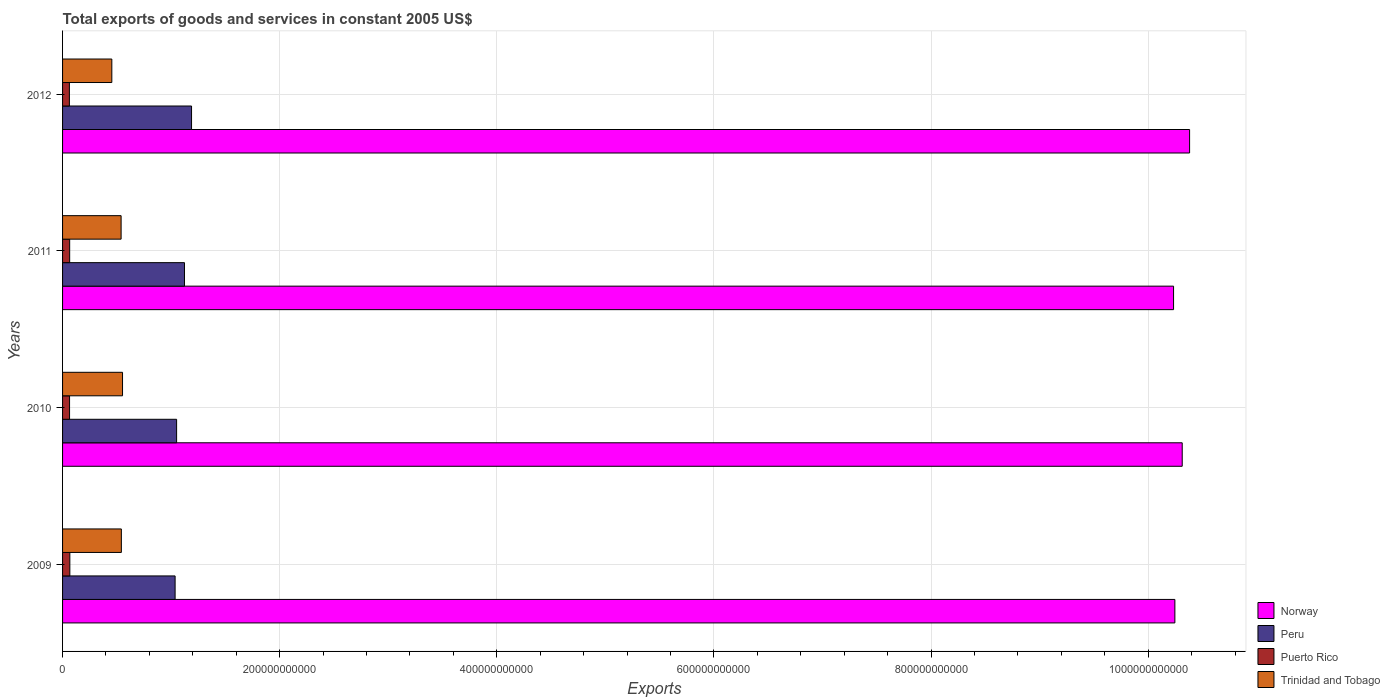
| Years | Norway | Peru | Puerto Rico | Trinidad and Tobago |
 | --- | --- | --- | --- | --- |
 | 2009 | 1.02e+12 | 1.04e+11 | 6.7e+09 | 5.42e+10 |
 | 2010 | 1.03e+12 | 1.05e+11 | 6.44e+09 | 5.52e+10 |
 | 2011 | 1.02e+12 | 1.12e+11 | 6.55e+09 | 5.39e+10 |
 | 2012 | 1.04e+12 | 1.19e+11 | 6.28e+09 | 4.54e+10 |